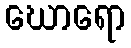
ဃောရော